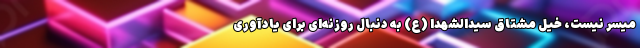
میسر نیست، خیل مشتاق سیدالشهدا (ع) به دنبال روزنه‌ای برای یادآوری